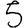
Digit: 5